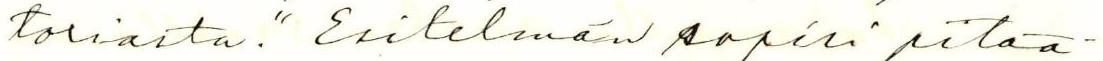
toriasta." Esitelmän sopisi pitää